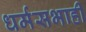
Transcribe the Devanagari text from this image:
धर्मसभाही